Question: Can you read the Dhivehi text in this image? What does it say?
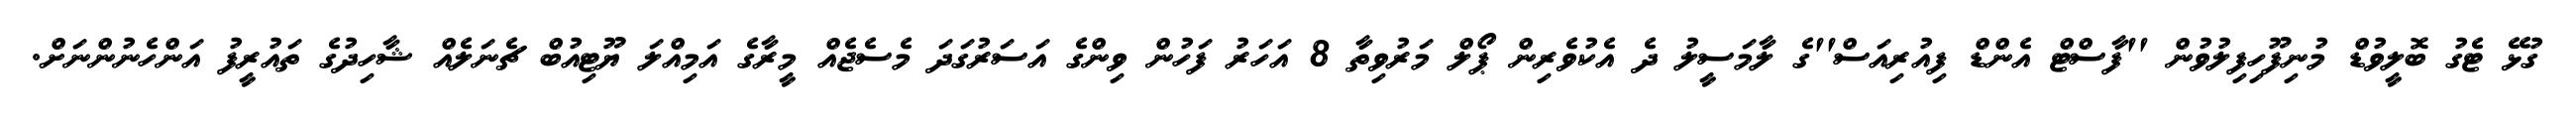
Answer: ގުޅޭ ޓެގު ބޮލީވުޑް މުނިފޫހިފިލުވުން ''ފާސްޓް އެންޑް ފިއުރިއަސް''ގެ ލާމަސީލު ދެ އެކުވެރިން ޕޯލް މަރުވިތާ 8 އަހަރު ފަހުން ވިންގެ އަސަރުގަދަ މެސެޖެއް މީރާގެ އަމިއްލަ ޔޫޓިއުބް ޗެނަލެއް ޝާހިދުގެ ތައުރީފު އަންހެނުންނަށް.